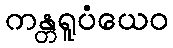
ကန္တရူပံယေဝ